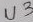
Text: U3